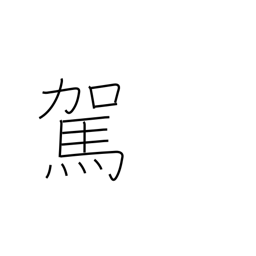
Meaning: hitch up an animal